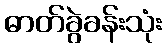
ဓာတ်ခွဲခန်းသုံး